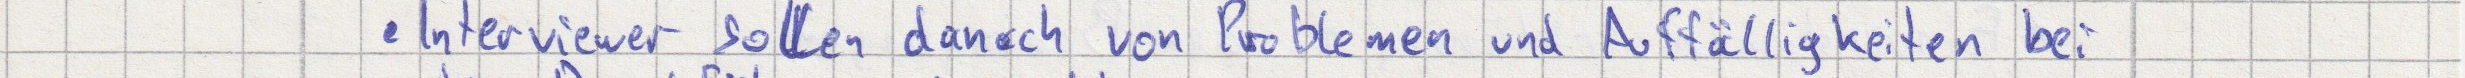
Interviewer sollen danach von Problemen und Auffälligkeiten bei